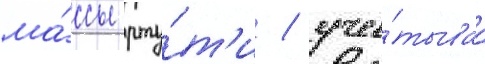
ма́ссы рту́т'и / учи́тываа